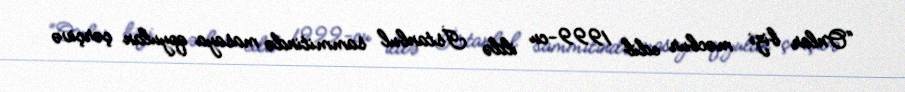
“Onlar bizi məcbur edib 1999-cu ildə İstanbul sammitində masaya qoyulan çərçivə